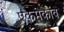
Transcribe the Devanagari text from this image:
एकमेकांव